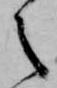
之